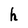
Character: h